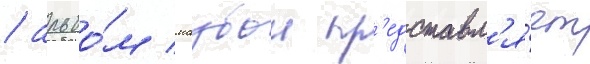
/ альбо́м маубои пр'едставл'я́ет